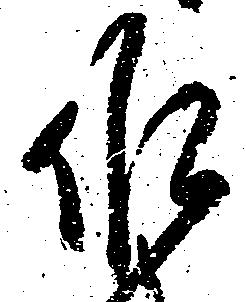
作